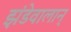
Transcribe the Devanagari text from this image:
झंडेवालान्